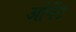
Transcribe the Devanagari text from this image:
ओर्नेट